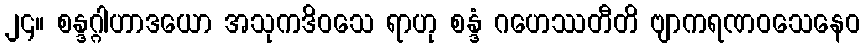
၂၄။ စန္ဒဂ္ဂါဟာဒယော အသုကဒိဝသေ ရာဟု စန္ဒံ ဂဟေဿတီတိ ဗျာကရဏဝသေနေဝ